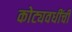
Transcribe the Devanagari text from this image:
कोट्यवधींची